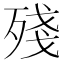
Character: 殘